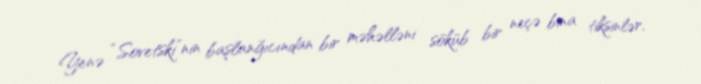
Yenə “Sovetski”nin başlanğıcından bir məhəlləni söküb bir neçə bina tiksinlər,